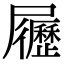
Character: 𡳸